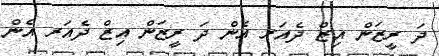
ދަ ރީޒަން އިޒް ދެއަރ އެން ދަ ރީޒަން އިޒް ދެެއަރ އެން